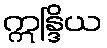
ဣန္ဒြိယ